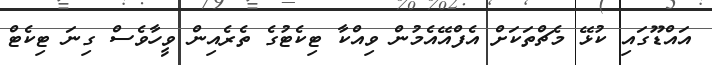
އައްޑޫގައި ކުޅޭ މެޗްތަކަށް އެފްއޭއެމުން ވިއްކާ ޓިކެޓުގެ ތެރެއިން ވީހާވެސް ގިނަ ޓިކެޓް